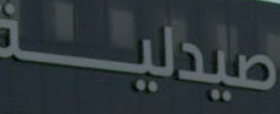
صيدلية